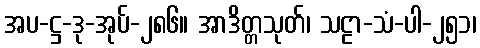
အပ-ဋ္ဌ-ဒု-အုပ်-၂၈၆။ အာဒိတ္တသုတ်၊ သဠာ-သံ-ပါ-၂၅၁၊